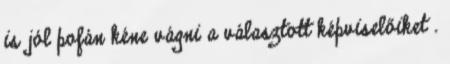
is jól pofán kéne vágni a választott képviselőiket .